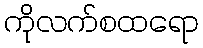
ကိုလက်စထရော